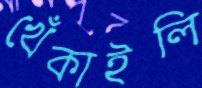
খেঁকাইলি